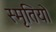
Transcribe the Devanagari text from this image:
स्मृतियो